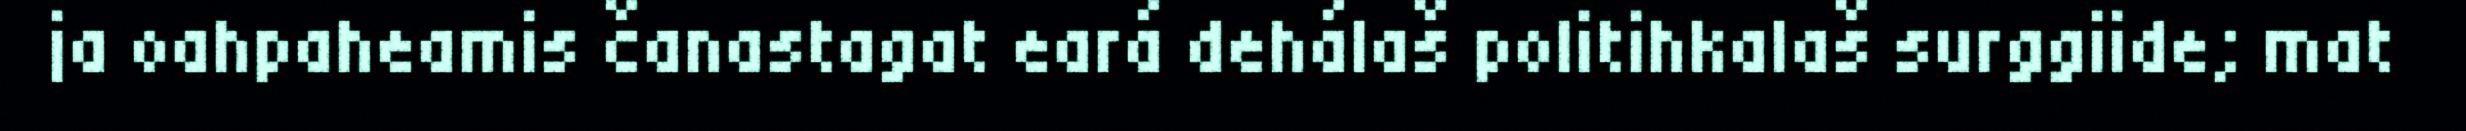
ja oahpaheamis čanastagat eará dehálaš politihkalaš surggiide; mat